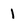
Character: 1